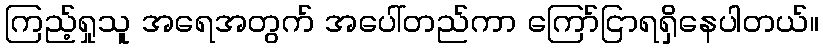
ကြည့်ရှုသူ အရေအတွက် အပေါ်တည်ကာ ကြော်ငြာရရှိနေပါတယ်။